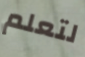
لتعلم